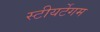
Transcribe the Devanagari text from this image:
स्टीयर्टेगम